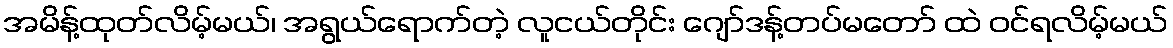
အမိန့်ထုတ်လိမ့်မယ်၊ အရွယ်ရောက်တဲ့ လူငယ်တိုင်း ဂျော်ဒန့်တပ်မတော် ထဲ ဝင်ရလိမ့်မယ်